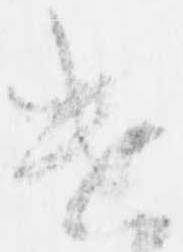
遣